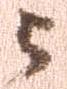
与